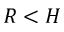
R < H